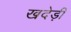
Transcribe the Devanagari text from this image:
खदेड़ी